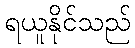
ရယူနိုင်သည်